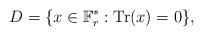
LaTeX: \begin{align*} D=\{x\in \mathbb{F}_{r}^*:\mathrm{Tr}(x)=0\},\end{align*}